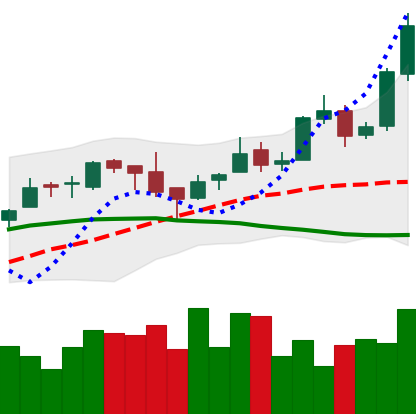
Ticker: BTC-USD
Chart end date: 2016-04-20
Forward return: 4.54%
Label: up_3_5